King Institute of Preventive Medicine Bacteriolog. Section reports 1907-08
Year: 1907
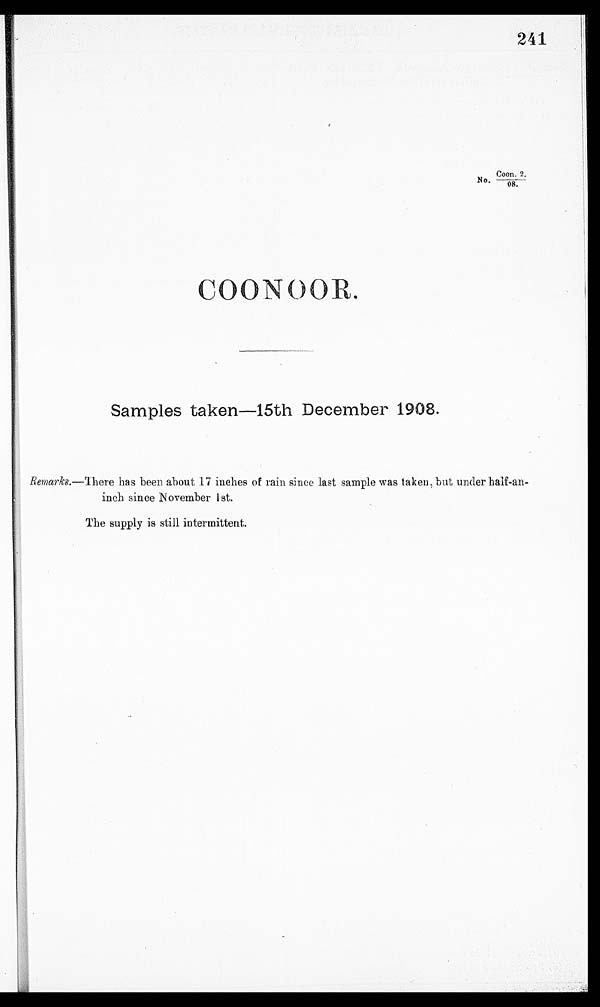
241
Coon. 2.
No.
C O O N O O R
Samples takes 15th December 1908.
Reniarkg.—There has been about 17 inches of rain since last sample was taken, but under half-an-
inch since N ovember 1st.
The supply is still intermittent.